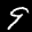
Label: 9